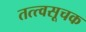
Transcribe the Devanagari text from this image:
तत्त्वसूचक